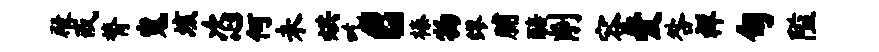
殿戒膂嵬垓恣何未烘吃c榛物缪脯醅削容爱咎祥旬隘